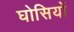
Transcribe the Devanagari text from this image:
घोसियों